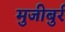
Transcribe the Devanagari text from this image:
मुजीबुर्र